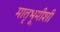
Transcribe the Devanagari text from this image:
मातृभूमीशी